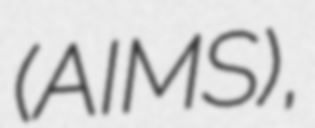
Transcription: (AIMS),